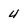
Character: 4